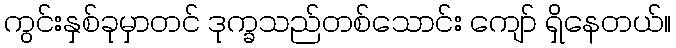
ကွင်းနှစ်ခုမှာတင် ဒုက္ခသည်တစ်သောင်း ကျော် ရှိနေတယ်။